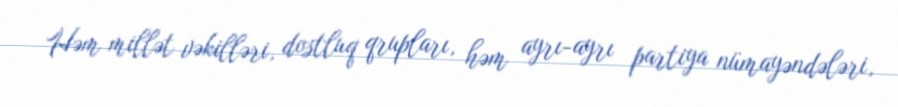
Həm millət vəkilləri, dostluq qrupları, həm ayrı-ayrı partiya nümayəndələri,